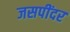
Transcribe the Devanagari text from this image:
जसपींदर